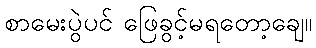
စာမေးပွဲပင် ဖြေခွင့်မရတော့ချေ။